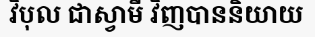
វិបុល ជាស្វាមី វិញបាននិយាយ